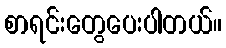
စာရင်းတွေပေးပါတယ်။